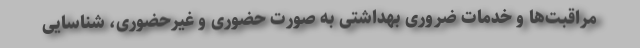
مراقبت‌ها و خدمات ضروری بهداشتی به صورت حضوری و غیرحضوری، شناسایی